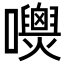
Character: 𡄺